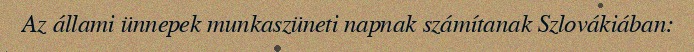
Az állami ünnepek munkaszüneti napnak számítanak Szlovákiában: